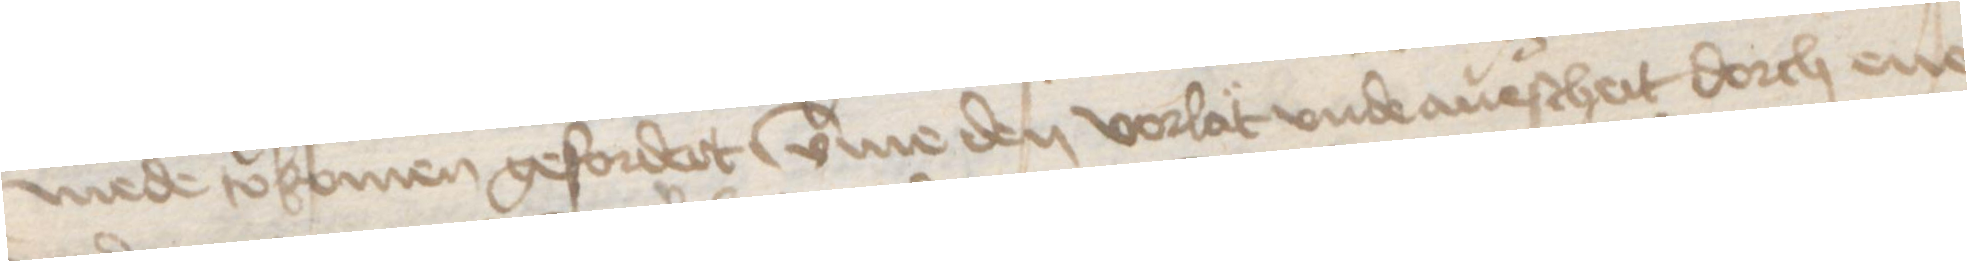
mede tokomen gefordert vmme den vorlat vnde auescheit dorch ene